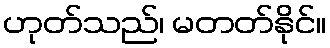
ဟုတ်သည်၊ မတတ်နိုင်။